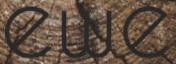
ewe